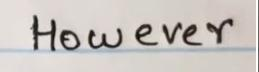
However